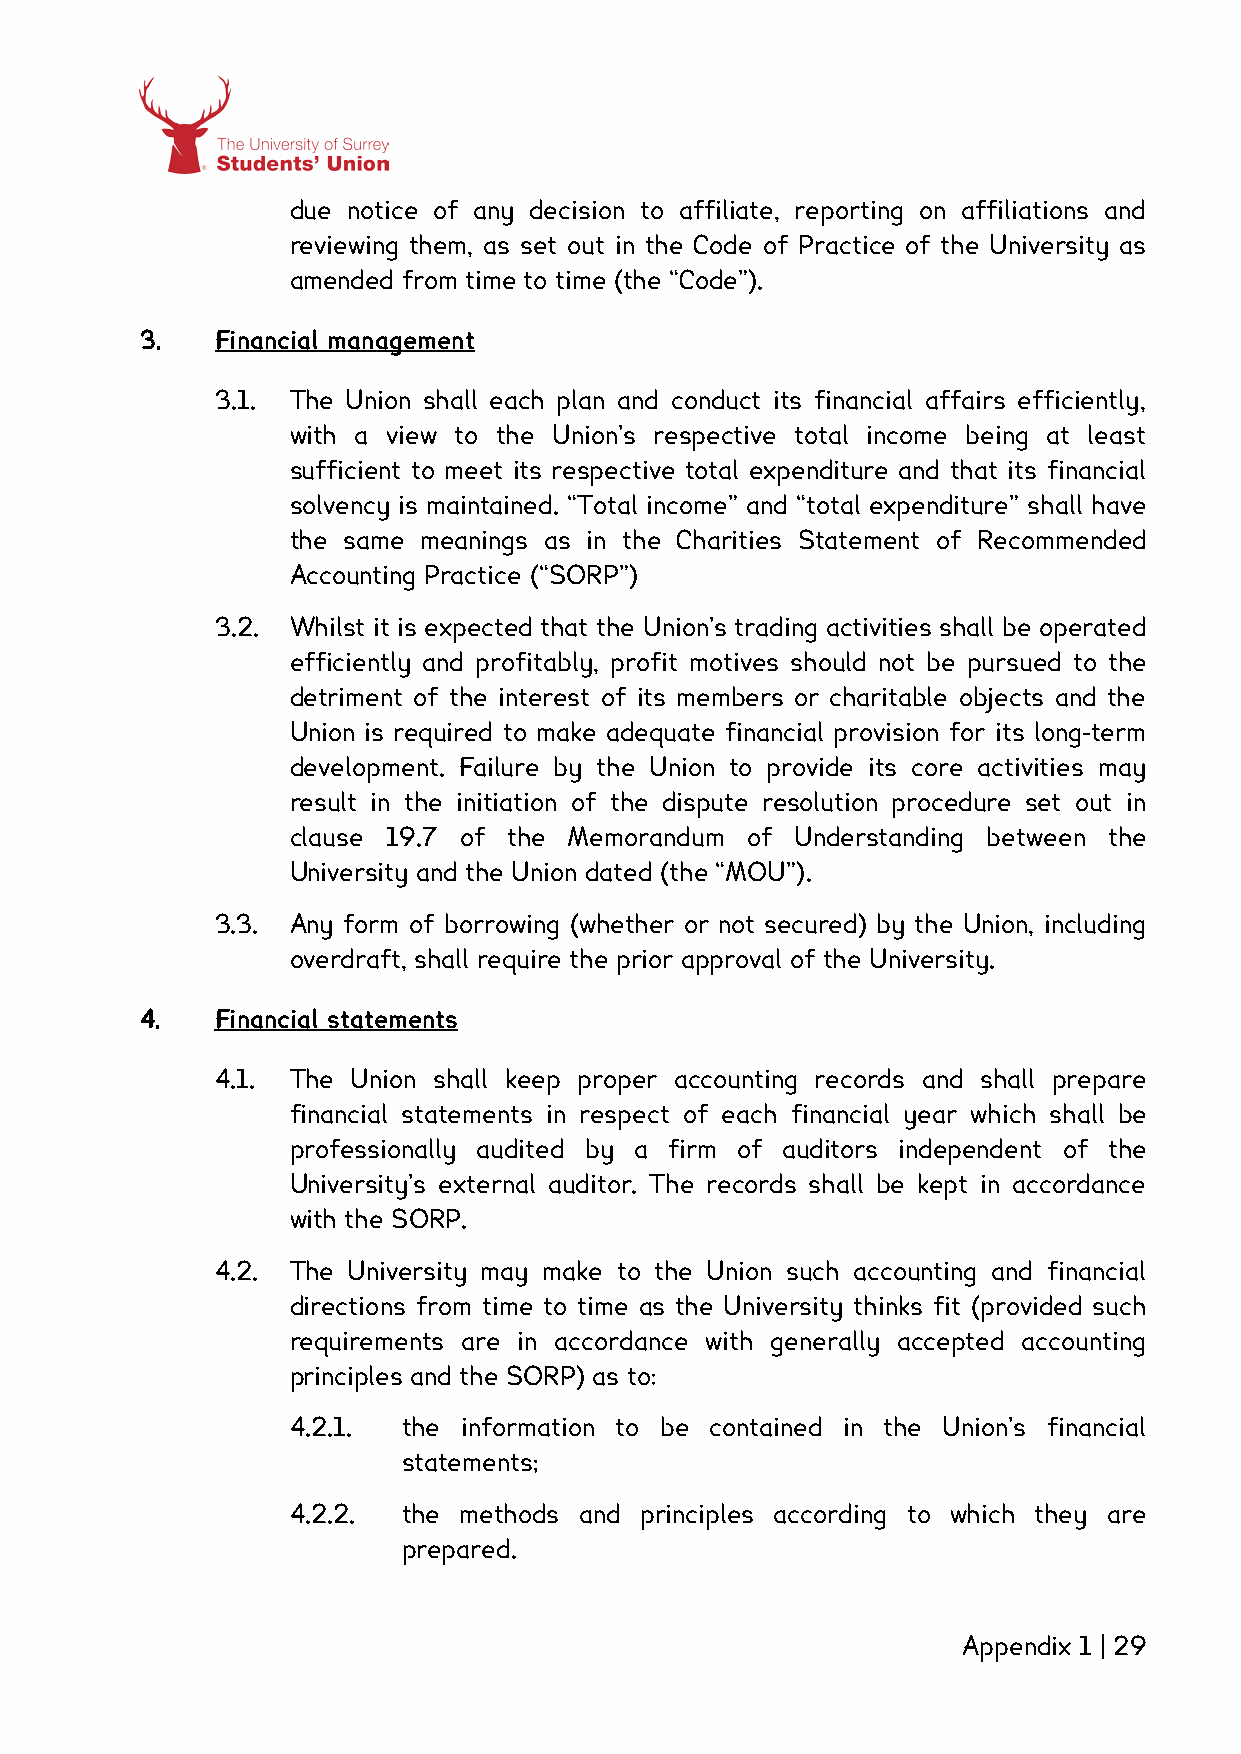
due notice of any decision to affiliate, reporting on affiliations and
 reviewing them, as set out in the Code of Practice of the University as
 amended from time to time (the “Code”).
 3.   Financial management
 3.1. The Union shall each plan and conduct its financial affairs efficiently,
 with a view to the Union’s respective total income being at least
 sufficient to meet its respective total expenditure and that its financial
 solvency is maintained. “Total income” and “total expenditure” shall have
 the same meanings as in the Charities Statement of Recommended
 Accounting Practice (“SORP”)
 3.2. Whilst it is expected that the Union’s trading activities shall be operated
 efficiently and profitably, profit motives should not be pursued to the
 detriment of the interest of its members or charitable objects and the
 Union is required to make adequate financial provision for its long-term
 development. Failure by the Union to provide its core activities may
 result in the initiation of the dispute resolution procedure set out in
 clause 19.7 of the Memorandum of  Understanding between the
 University and the Union dated (the “MOU”).
 3.3. Any form of borrowing (whether or not secured) by the Union, including
 overdraft, shall require the prior approval of the University.
 4.   Financial statements
 4.1. The Union shall keep proper accounting records and shall prepare
 financial statements in respect of each financial year which shall be
 professionally audited by a firm of auditors independent of the
 University’s external auditor. The records shall be kept in accordance
 with the SORP.
 4.2. The University may make to the Union such accounting and financial
 directions from time to time as the University thinks fit (provided such
 requirements are in accordance with generally accepted accounting
 principles and the SORP) as to:
 4.2.1.  the information to be contained in the Union’s financial
 statements;
 4.2.2.  the methods and principles according to which they are
 prepared.
 Appendix 1 | 29